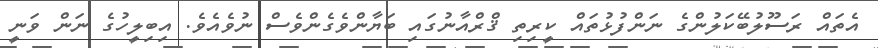
އެތައް ރަސޫލުބޭކަލުންގެ ނަންފުޅުތައް ކީރިތި ޤްރްއާނުގައި ބަޔާންވެގެންވެސް ނުވެއެވެ. އިބިލީހުގެ ނަން ވަނީ